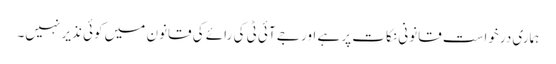
ہماری درخواست قانونی نکات پر ہے اور جے آئی ٹی کی رائے کی قانون میں کوئی نذیر نہیں۔